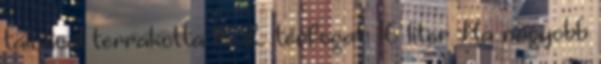
tálcával terrakotta 16 L térfogat: 16 liter Ha nagyobb